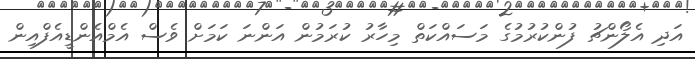
އަދި އެލޯންޗު ފުންކުރުމުގެ މަސައްކަތް މިހާރު ކުރަމުން އަންނަ ކަަމަށް ވެސް އެމްއެންޑީއެފްއިން